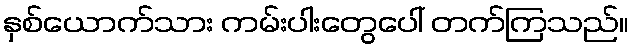
နှစ်ယောက်သား ကမ်းပါးတွေပေါ် တက်ကြသည်။